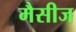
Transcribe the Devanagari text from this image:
मैसीज